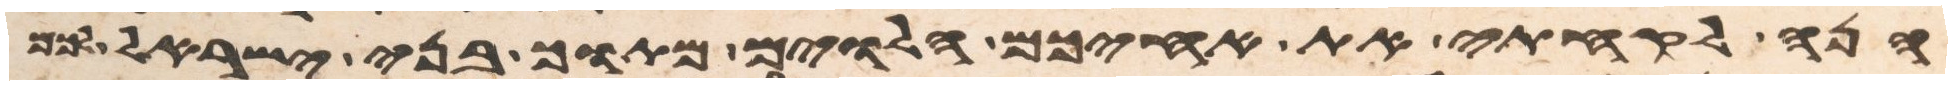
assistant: הנה לקחתי את אחיכם הלוים מתוך בני ישראל לכם